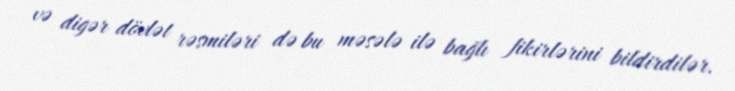
və digər dövlət rəsmiləri də bu məsələ ilə bağlı fikirlərini bildirdilər.